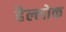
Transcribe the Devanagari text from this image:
हैल्लोक